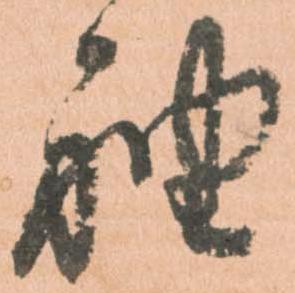
袖